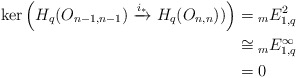
\begin{align*}\ker \left( H_{q}(O_{n-1,n-1}) \xrightarrow{i_{*}} H_{q}(O_{n, n}))\right) &= {}_{m}E^{2}_{1,q} \\&\cong {}_{m}E^{\infty}_{1,q} \\&= 0\end{align*}